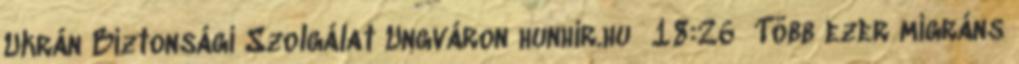
Ukrán Biztonsági Szolgálat Ungváron hunhir.hu 18:26 Több ezer migráns